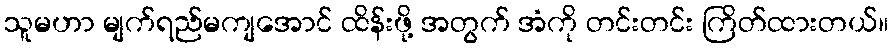
သူမဟာ မျက်ရည်မကျအောင် ထိန်းဖို့ အတွက် အံကို တင်းတင်း ကြိတ်ထားတယ်။